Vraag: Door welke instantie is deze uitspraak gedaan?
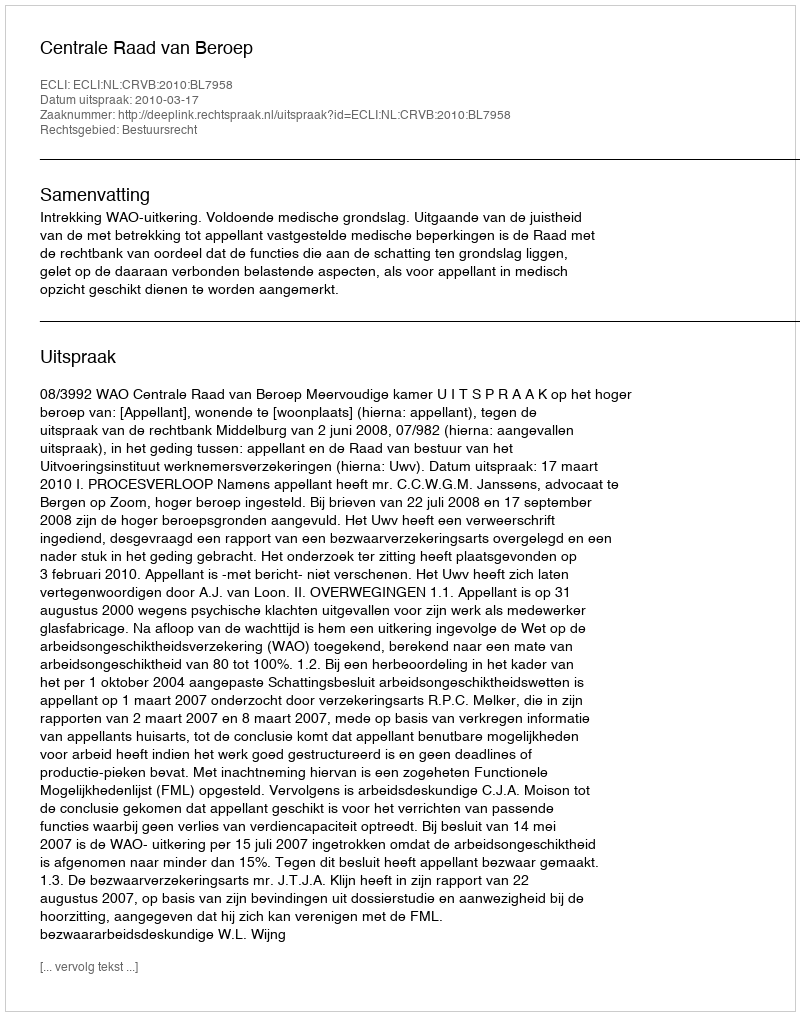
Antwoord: Centrale Raad van Beroep